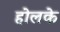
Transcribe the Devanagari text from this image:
होलके